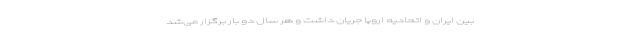
بین ایران و اتحادیه اروپا جریان داشت و هر سال دو بار برگزار می‌شد